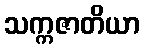
သက္ကဇာတိယာ